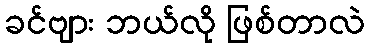
ခင်ဗျား ဘယ်လို ဖြစ်တာလဲ